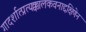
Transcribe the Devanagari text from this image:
गादर्शात्प्रत्यक्कालकवनाद्दक्षिणेन